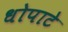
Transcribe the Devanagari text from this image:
धोपाटे